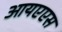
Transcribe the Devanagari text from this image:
आयएएस